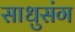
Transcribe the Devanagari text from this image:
साधुसंग